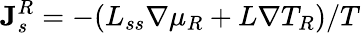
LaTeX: {\mathbf J}_{s}^{R}=-(L_{ss}\nabla\mu_{R}+L\nabla T_{R})/T